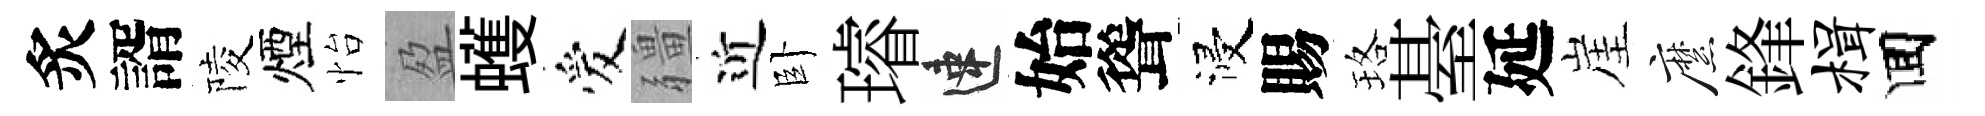
炙諝陵煙怡盈蠖爱疆近卧璿速始聳浸賜珞䑓延崖縻鋒楫囬